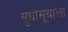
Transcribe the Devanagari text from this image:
सुधांसूबाला